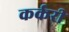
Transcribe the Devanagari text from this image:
कर्करी